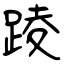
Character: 踜